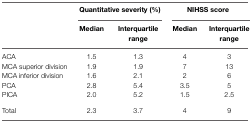
|  | <COLSPAN=2> Quantitative severity (%) | <COLSPAN=2> NIHSS score |
 |  | Median | Interquartile range | Median | Interquartile range |
 | --- | --- | --- | --- | --- |
 | ACA | 1.5 | 1.3 | 4 | 3 |
 | MCA superior division | 1.9 | 1.9 | 7 | 13 |
 | MCA inferior division | 1.6 | 2.1 | 2 | 6 |
 | PCA | 2.8 | 5.4 | 3.5 | 5 |
 | PICA | 2.0 | 5.2 | 1.5 | 2.5 |
 | Total | 2.3 | 3.7 | 4 | 9 |